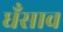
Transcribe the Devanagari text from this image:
धँसाव